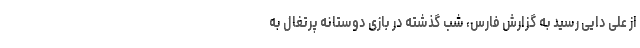
از علی دایی رسید به گزارش فارس، شب گذشته در بازی دوستانه پرتغال به